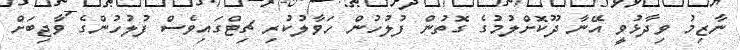
ނާޒިމު ވިދާޅުވީ އޭނާ ދޫކޮށްލުމުގެ ގޮތުން ފުލުހުން ހަވާލުކުރި ޗިޓްގައިވެސް ފުލުހުންގެ ވާޖިބަށް